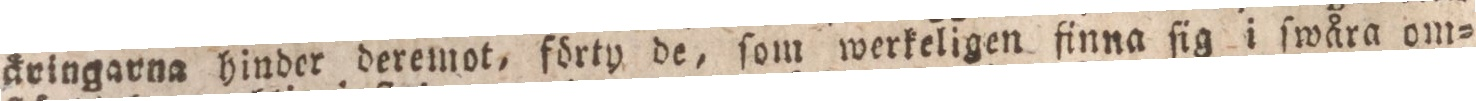
äringarna hinder deremot, förty de, ſom werkeligen finna ſig i ſwåra om=